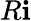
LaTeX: R\mathbf{i}